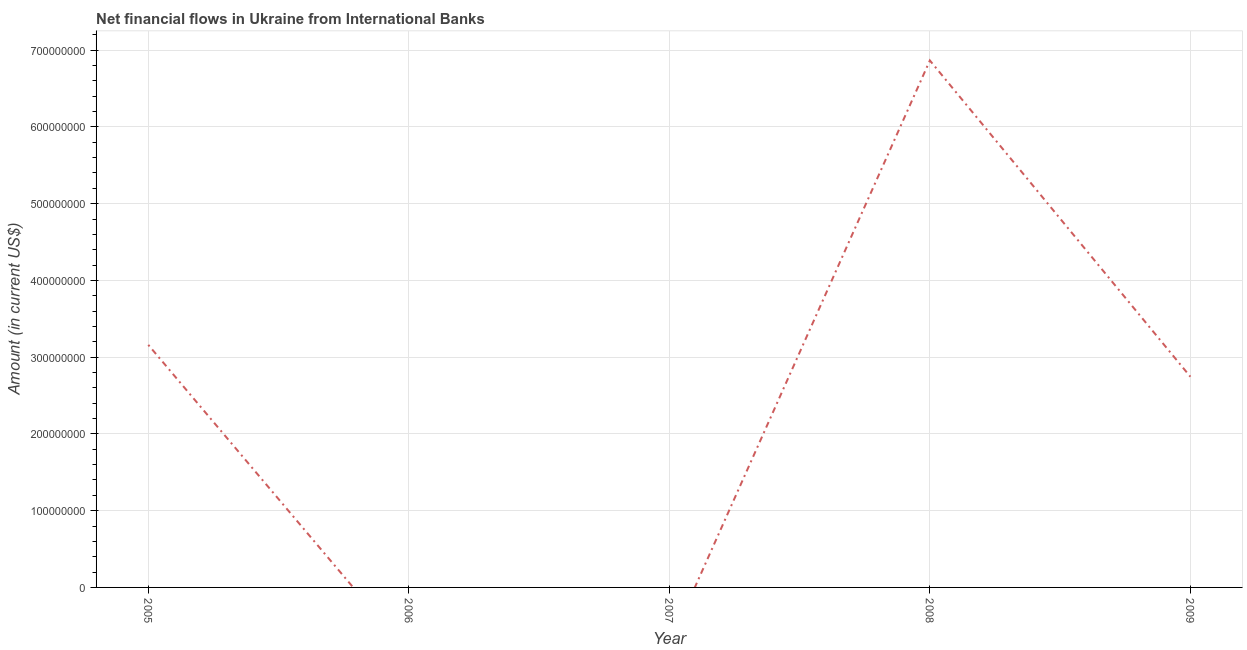
| Year | Net financial flows from IBRD |
 | --- | --- |
 | 2005 | 3.16e+08 |
 | 2006 | -8.58e+07 |
 | 2007 | -7.44e+07 |
 | 2008 | 6.87e+08 |
 | 2009 | 2.75e+08 |